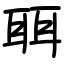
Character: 聑